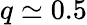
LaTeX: q\simeq 0.5